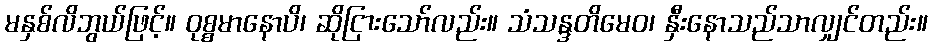
မနှစ်လိဘွယ်ဖြင့်။ ဝုစ္စမာနောပိ၊ ဆိုငြားသော်လည်း။ သံသန္ဒတိမေဝ၊ နှီးနောသည်သာလျှင်တည်း။